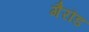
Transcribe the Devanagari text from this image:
गैरौड